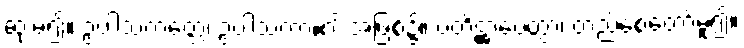
ဆုံးမ၍။ ဥပါသကတ္တေ၊ ဥပါသကာ၏ အဖြစ်၌။ ပတိဋ္ဌာပေတွာ၊ တည်စေတော်မူ၍။